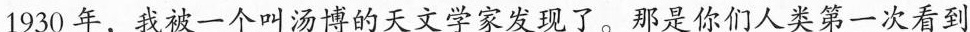
1930年，我被一个叫汤博的天文学家发现了。那是你们人类第一次看到